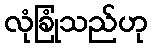
လုံခြုံသည်ဟု